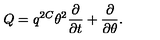
Q = q ^ { 2 C } \theta ^ { 2 } \frac { \partial } { \partial t } + \frac { \partial } { \partial \theta } .